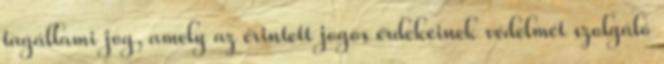
tagállami jog, amely az érintett jogos érdekeinek védelmét szolgáló